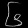
Digit: ၆